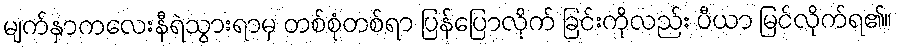
မျက်နှာကလေးနီရဲသွားရာမှ တစ်စုံတစ်ရာ ပြန်ပြောလိုက် ခြင်းကိုလည်း ပီယာ မြင်လိုက်ရ၏။